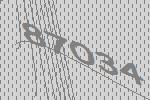
87034